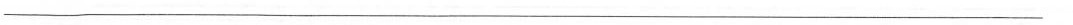
___